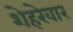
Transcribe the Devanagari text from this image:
शेहरेवार